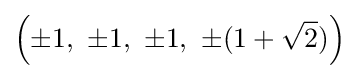
\left(\pm 1,\ \pm 1,\ \pm 1,\ \pm (1+{\sqrt {2}})\right)